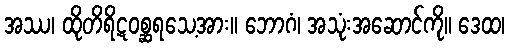
အဿ၊ ထိုတိရိဋဝစ္ဆရသေ့အား။ ဘောဂံ၊ အသုံးအဆောင်ကို။ ဒေထ၊